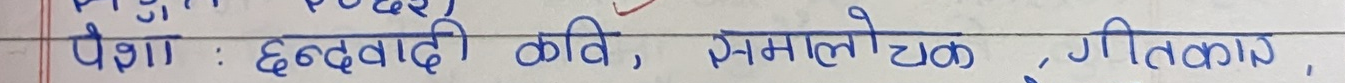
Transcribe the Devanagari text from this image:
पेशा : छायावादी कवि, समालोचक, गीतकार,